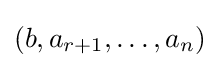
(b,a_{r+1},\dots ,a_{n})